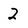
Character: 2